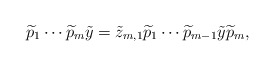
\begin{align*} \widetilde{p}_1\cdots \widetilde{p}_m\tilde{y}=\tilde{z}_{m,1}\widetilde{p}_1\cdots \widetilde{p}_{m-1}\tilde{y}\widetilde{p}_m,\end{align*}